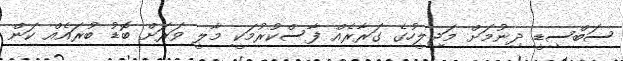
ސަބްސިޑީ ދިނުމަށް މަޖިލީހުގެ ގަރާރެއް ފާސްކުރުމަކީ މާލީ ވަރަށް ބޮޑު ބުރައެއް ކަން